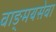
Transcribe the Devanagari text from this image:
वाङ्‌मयसेवा